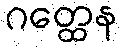
ဂတ္ထေန